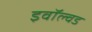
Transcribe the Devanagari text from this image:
इवॉल्वड